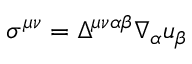
\sigma ^ { \mu \nu } = \Delta ^ { \mu \nu \alpha \beta } \nabla _ { \alpha } u _ { \beta }